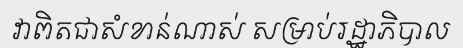
វាពិតជាសំខាន់ណាស់ សម្រាប់រដ្ឋាភិបាល